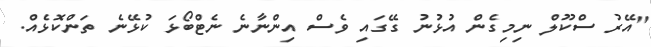
"އޭރު ސްކޫލް ނިމިގެން އުޅުނު ގޭގައި ވެސް އިންނާނެ ނެޓްބޯޅަ ކުޅޭނެ ތަންކޮޅެއް.